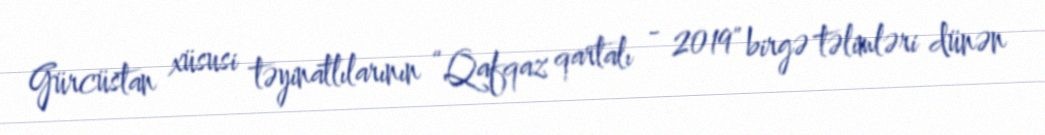
Gürcüstan xüsusi təyinatlılarının “Qafqaz qartalı - 2019" birgə təlimləri dünən